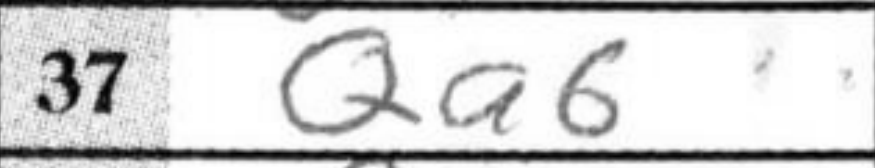
Transcription: Qa6